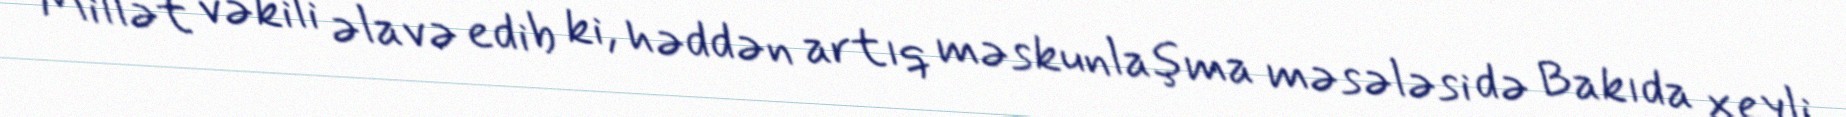
Millət vəkili əlavə edib ki, həddən artıq məskunlaşma məsələsi də Bakıda xeyli